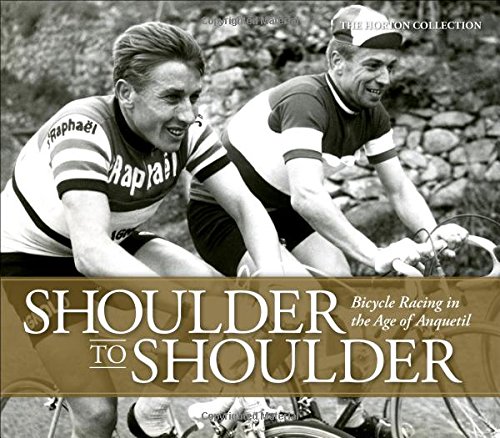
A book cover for Shoulder to Shoulder: Bicycle Racing in the Age of Anquetil; The Horton Collection; Arts & Photography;